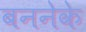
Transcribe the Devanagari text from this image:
बननेके